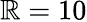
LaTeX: \mathbb{R}=10